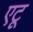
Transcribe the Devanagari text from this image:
एटू